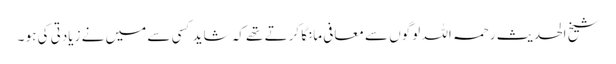
شیخ الحدیث رحمہ اللہ لوگوں سے معافی مانگا کرتے تھے کہ شاید کسی سے میں نے زیادتی کی ہو ۔